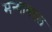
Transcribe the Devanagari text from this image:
मन्याबद्दल